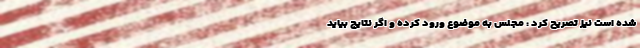
شده است نیز تصریح کرد : مجلس به موضوع ورود کرده و اگر نتایج بیاید